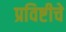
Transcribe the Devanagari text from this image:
प्रविष्टीचे